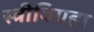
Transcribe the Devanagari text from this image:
स्त्रीविग्रहा